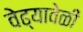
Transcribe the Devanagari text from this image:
वेढ्यावेळी